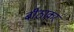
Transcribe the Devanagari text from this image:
बीठाकर